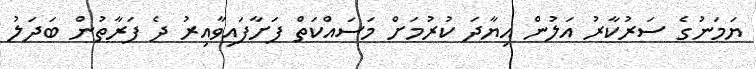
ޔަމަނުގެ ސަރުކާރު އަލުން އިޔާދަ ކުރުމަށް މަސައްކަތް ފަށާފައިވާއިރު ދެ ފަރާތުން ބަދަލު